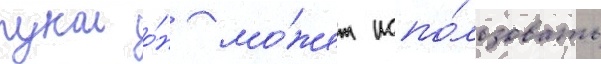
рукои о́н мо́жет испо́льзовать